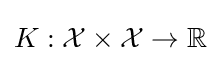
K:{\mathcal {X}}\times {\mathcal {X}}\rightarrow \mathbb {R}